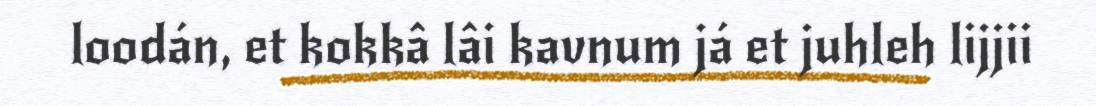
loodán, et kokkâ lâi kavnum já et juhleh lijjii